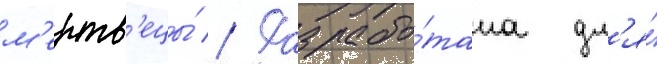
м'ертв'ецы́ // Разрабо́тана дл'я́